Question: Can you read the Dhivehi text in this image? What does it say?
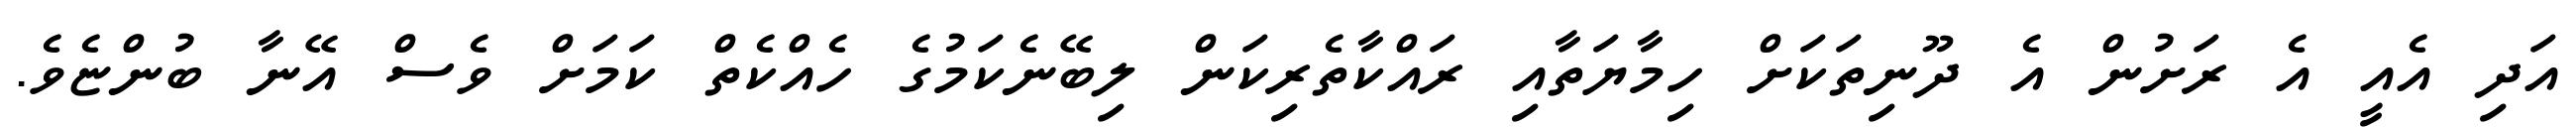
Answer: އަދި އެއީ އެ ރަށުން އެ ދޫނިތަކަށް ހިމާޔަތާއި ރައްކާތެރިކަން ލިބޭނެކަމުގެ ހެއްކެތް ކަމަށް ވެސް އޭނާ ބުންޏެވެ.